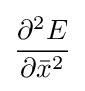
{\frac {\partial ^{2}E}{\partial {\bar {x}}^{2}}}